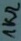
Text: 1KΩ